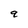
Character: q